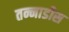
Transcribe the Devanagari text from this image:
तन्नाडीस